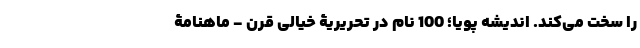
را سخت می‌کند. اندیشه پویا؛ 100 نام در تحریریۀ خیالی قرن - ماهنامۀ